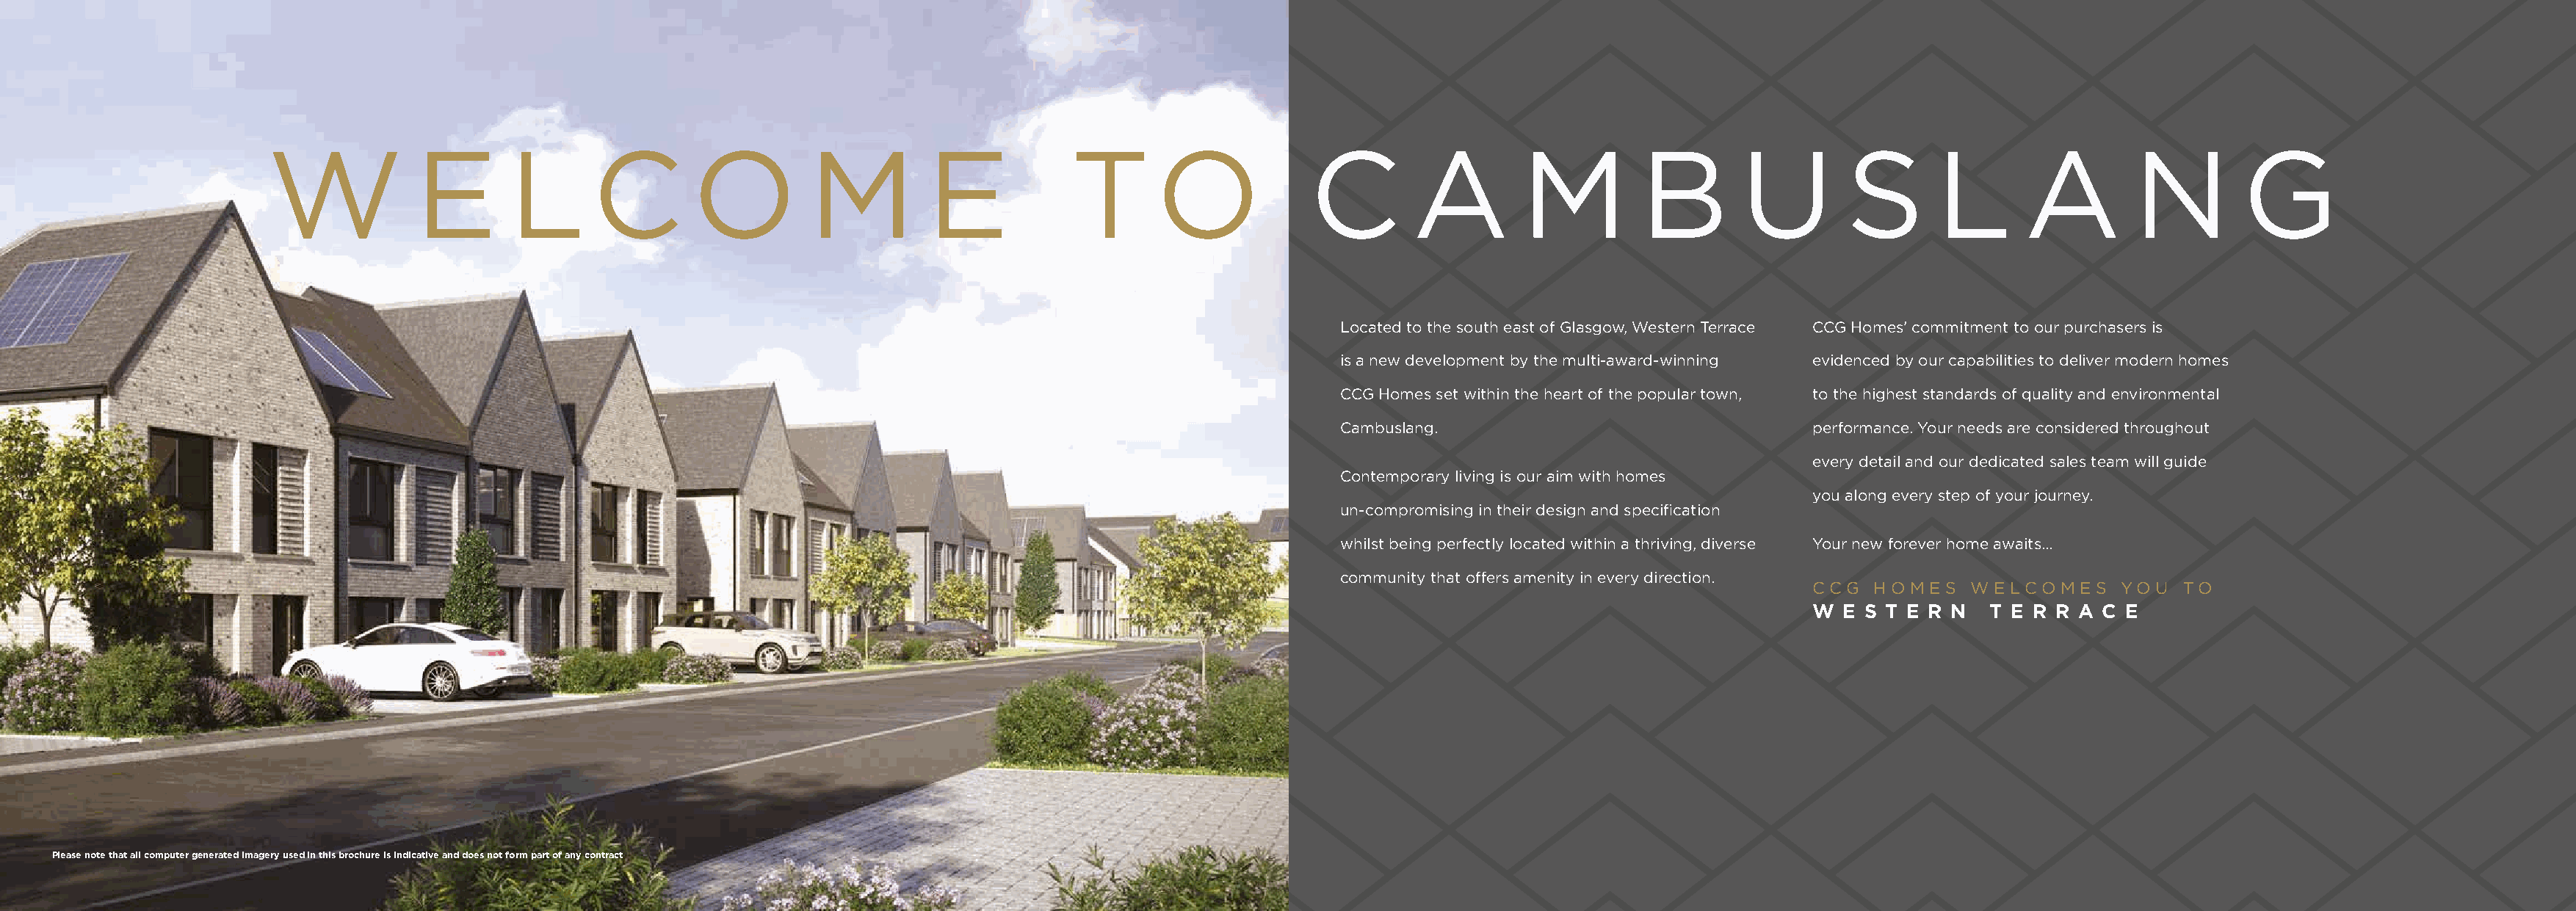
W            E        L      C        O          M          E            T      O             C        A         M          B        U        S        L       A        N         G
 Located to the south east of Glasgow, Western Terrace CCG Homes’ commitment to our purchasers is
 is a new development by the multi-award-winning evidenced by our capabilities to deliver modern homes
 CCG Homes set within the heart of the popular town, to the highest standards of quality and environmental
 Cambuslang.                               performance. Your needs are considered throughout
 every detail and our dedicated sales team will guide
 Contemporary living is our aim with homes
 you along every step of your journey.
 un-compromising in their design and specification
 whilst being perfectly located within a thriving, diverse Your new forever home awaits...
 community that offers amenity in every direction.
 CCG   H O M E S W E LCO M E S YO U TO
 W  E S T E R N  T E R R A C  E
 A MIX OF CONTEMPORARY HOMES  & APARTMENTS FROM  CCG HOMES
 PPlleeaassee nnoottee tthhaatt aallll ccoommppuutteerr ggeenneerraatteedd iimmaaggeerryy uusseedd iinn tthhiiss bbrroocchhuurree iiss iinnddiiccaattiivvee aanndd ddooeess nnoott ffoorrmm ppaarrtt ooff aannyy ccoonnttrraacctt